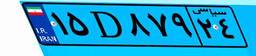
۱۵D۸۷۹۲۴